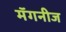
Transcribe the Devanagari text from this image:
मॅगनीज